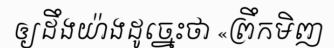
ឲ្យដឹងយ៉ាងដូច្នេះថា «ព្រឹកមិញ